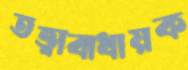
তত্ত্বাবাধায়ক